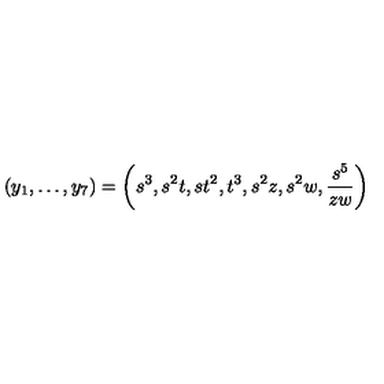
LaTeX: ( y _ { 1 } , \ldots , y _ { 7 } ) = \left( s ^ { 3 } , s ^ { 2 } t , s t ^ { 2 } , t ^ { 3 } , s ^ { 2 } z , s ^ { 2 } w , \frac { s ^ { 5 } } { z w } \right)